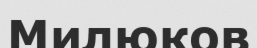
Милюков